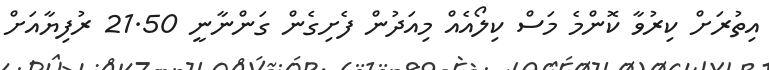
އިތުރަށް ކިރުވާ ކޮންމެ މަސް ކިލޯއެއް މިއަދުން ފެށިގެން ގަންނާނީ 21.50 ރުފިޔާއަށް